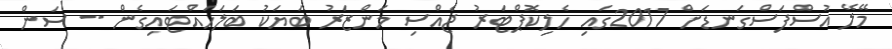
މޭލޭ އުސްފަސްގަނޑަށް 2017ގައި ހެލިކޮޕްޓަރު ޖެއްސި މަންޒަރު ބަޔަކު ބަލަހައްޓައިގެން -- ސަން